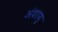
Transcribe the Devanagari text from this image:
अंशायु